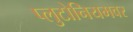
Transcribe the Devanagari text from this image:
प्लुटोनियमवर